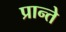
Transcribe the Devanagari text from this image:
प्रान्ते